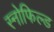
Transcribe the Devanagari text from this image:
स्‍नोफिल्‍ड